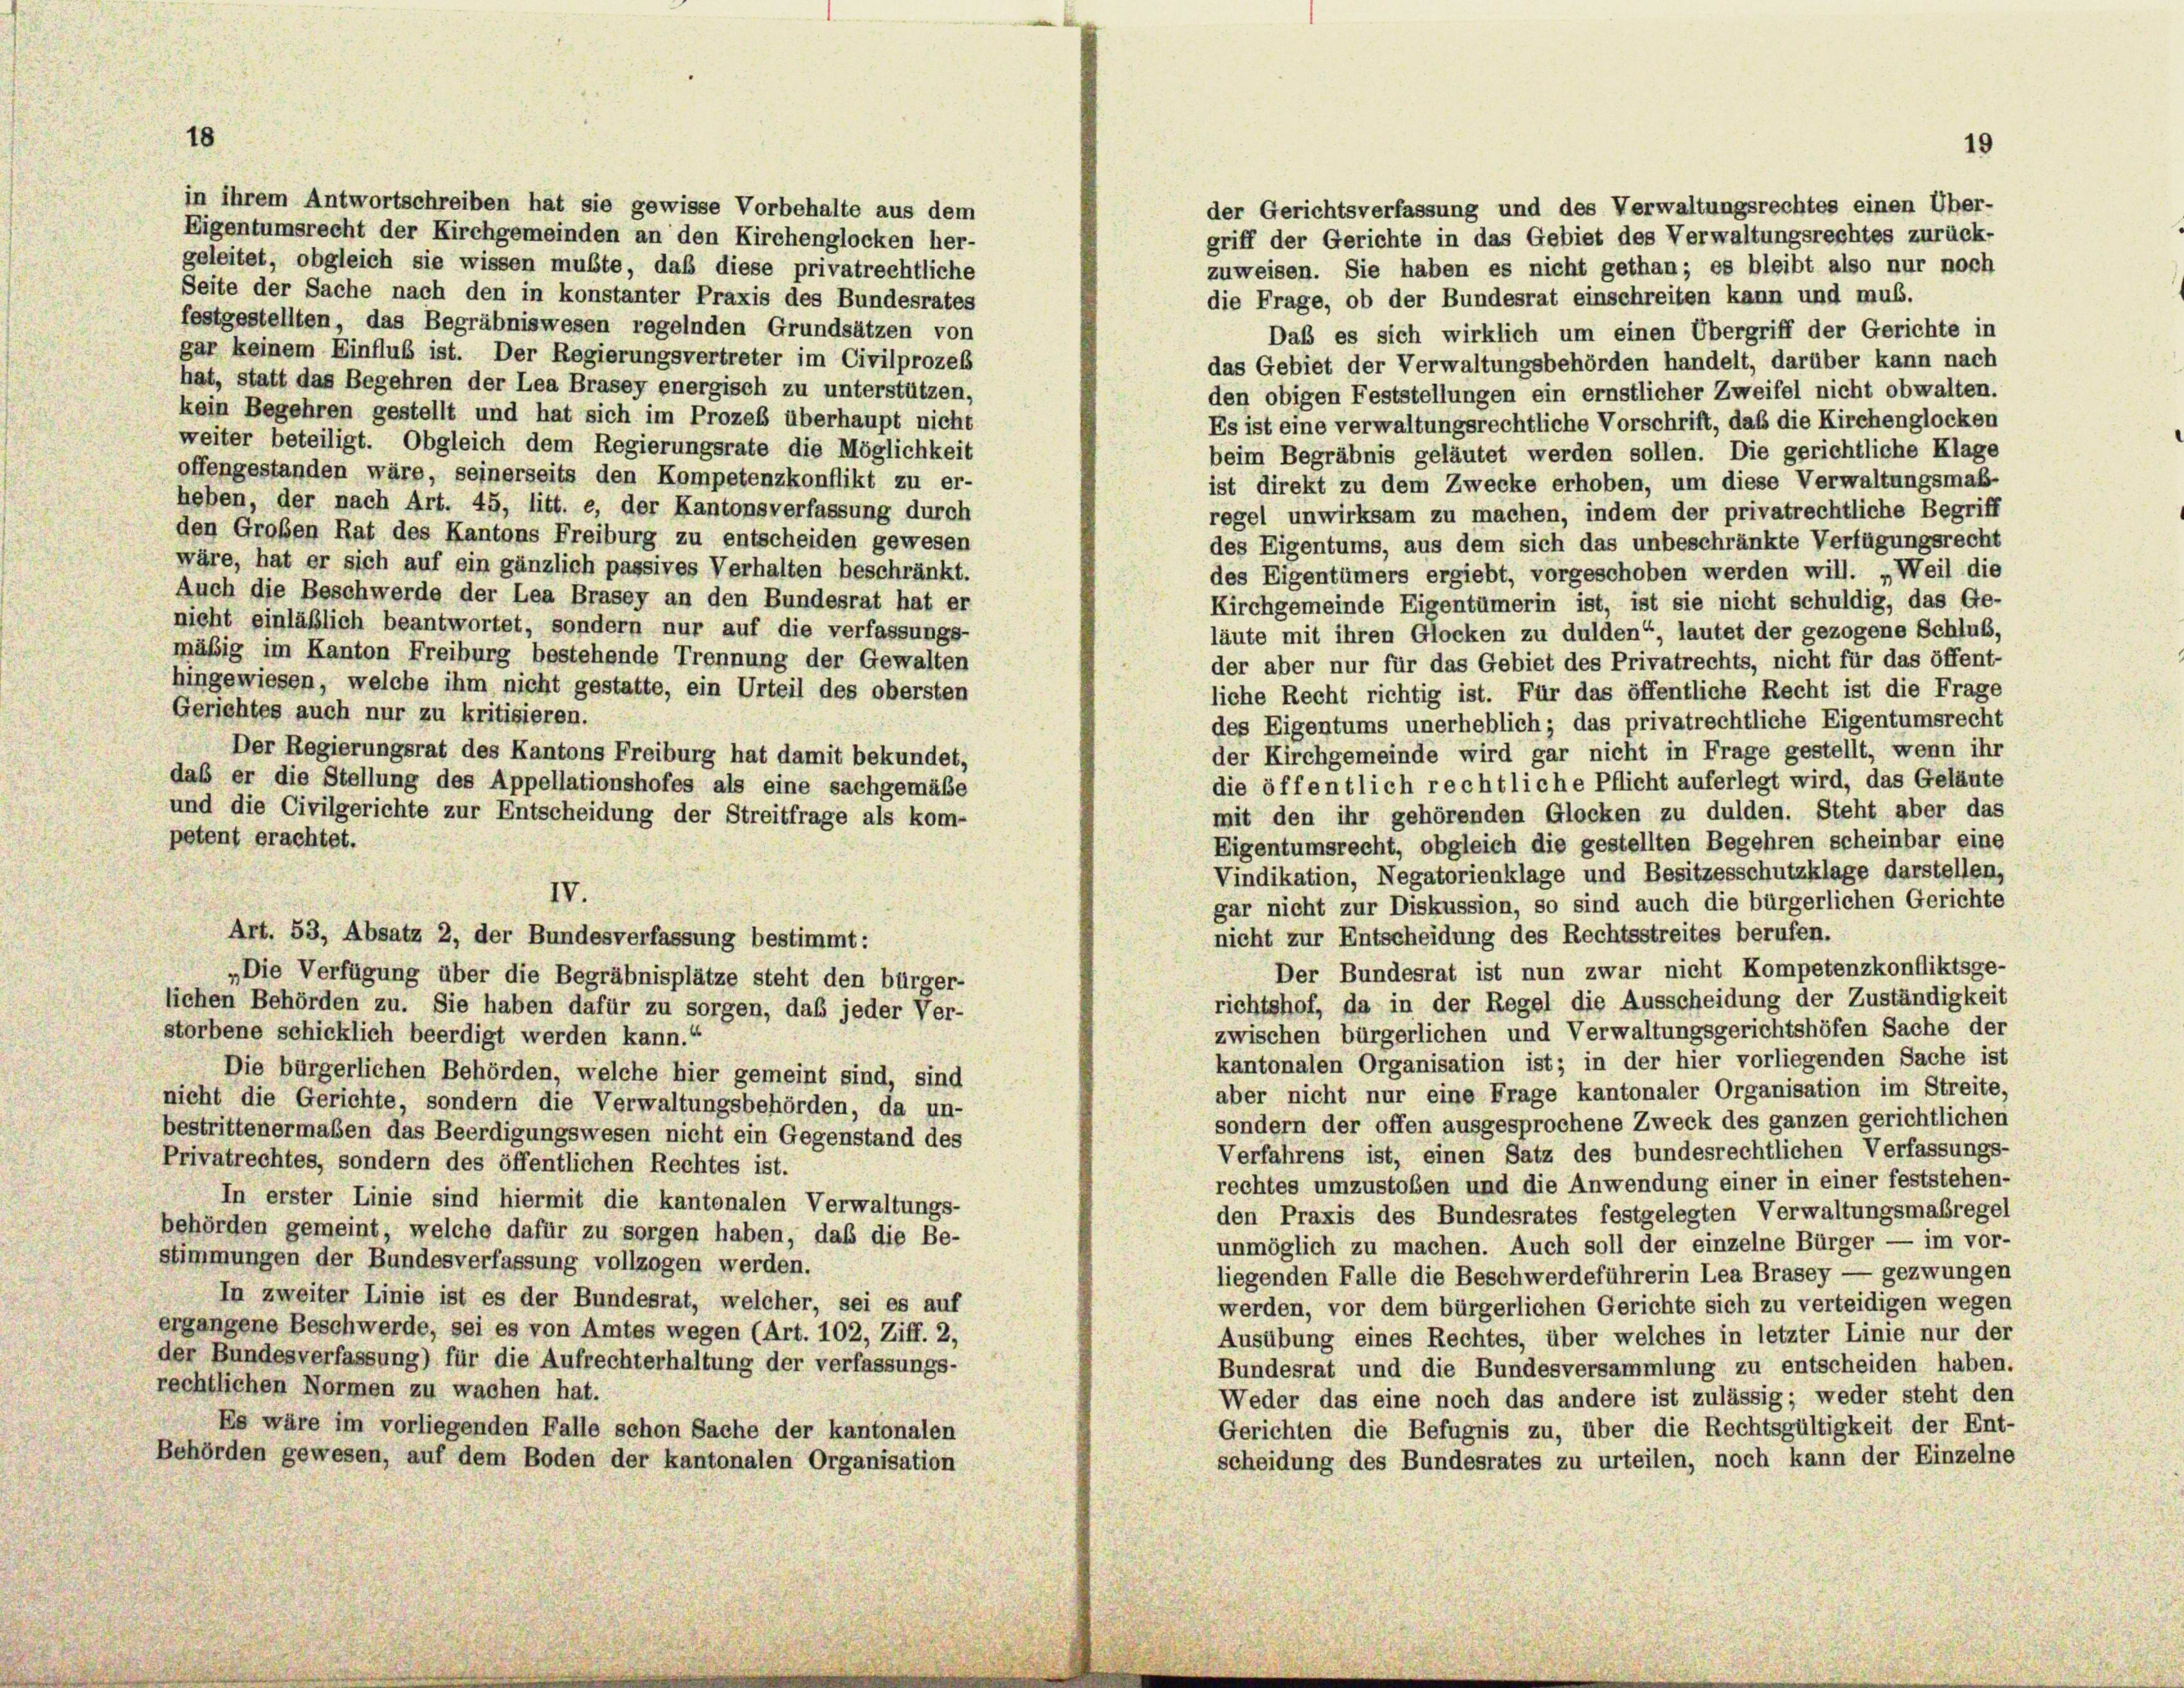
in ihrem Antwortschreiben hat sie gewisse Vorbehalte aus dem
Eigentumsrecht der Kirchgemeinden an den Kirchenglocken her-
geleitet, obgleich sie wissen mußte, daß diese privatrechtliche
Seite der Sache nach den in konstanter Praxis des Bundesrates
die Frage, ob der Bundesrat einschreiten kann und muß.
festgestellten, das Begräbniswesen regelnden Grundsätzen von
Daß es sich wirklich um einen Übergriff der Gerichte in
gar keinem Einfluß ist. Der Regierungsvertreter im Civilprozes
das Gebiet der Verwaltungsbehörden handelt, darüber kann nach
hat, statt das Begehren der Lea Brasey energisch zu unterstützen,
den obigen Feststellungen ein ernstlicher Zweifel nicht obwalten.
kein Begehren gestellt und hat sich im Prozeß überhaupt nicht
Es ist eine verwaltungsrechtliche Vorschrift, daß die Kirchenglocken
weiter beteiligt. Obgleich dem Regierungsrate die Möglichkeit
beim Begräbnis geläutet werden sollen. Die gerichtliche Klage
offengestanden wäre, seinerseits den Kompetenzkonflikt zu er-
ist direkt zu dem Zwecke erhoben, um diese Verwaltungsmaß-
heben, der nach Art. 45, litt. e, der Kantonsverfassung durch
regel unwirksam zu machen, indem der privatrechtliche Begriff
den Großen Rat des Kantons Freiburg zu entscheiden gewesen
des Eigentums, aus dem sich das unbeschränkte Verfügungsrecht
wäre, hat er sich auf ein gänzlich passives Verhalten beschränkt.
des Eigentümers ergiebt, vorgeschoben werden will. „Weil die
Auch die Beschwerde der Lea Brasey an den Bundesrat hat er
Kirchgemeinde Eigentümerin ist, ist sie nicht schuldig, das Ge-
nieht einläßlich beantwortet, sondern nur auf die verfassungs-
läute mit ihren Glocken zu dulden“, lautet der gezogene Schluß,
mäßig im Kanton Freiburg bestehende Trennung der Gewalten
der aber nur für das Gebiet des Privatrechts, nicht für das öffent-
hingewiesen, welche ihm nicht gestatte, ein Urteil des obersten
liche Recht richtig ist. Für das öffentliche Recht ist die Frage
Gerichtes auch nur zu kritisieren.
des Eigentums unerheblich; das privatrechtliche Eigentumsrecht
Der Regierungsrat des Kantons Freiburg hat damit bekundet,
der Kirchgemeinde wird gar nicht in Frage gestellt, wenn ihr
daß er die Stellung des Appellationshofes als eine sachgemäße
die öffentlich rechtliche Pflicht auferlegt wird, das Geläute
und die Civilgerichte zur Entscheidung der Streitfrage als kom-
mit den ihr gehörenden Glocken zu dulden. Steht aber das
petent erachtet.
Eigentumsrecht, obgleich die gestellten Begehren scheinbar eine
Vindikation, Negatorienklage und Besitzesschutzklage darstellen,
IV.
gar nicht zur Diskussion, so sind auch die bürgerlichen Gerichte
nicht zur Entscheidung des Rechtsstreites berufen.
Art. 53, Absatz 2, der Bundesverfassung bestimmt:
Der Bundesrat ist nun zwar nicht Kompetenzkonfliktsge-
„Die Verfügung über die Begräbnisplätze steht den bürger-
richtshof, da in der Regel die Ausscheidung der Zuständigkei
lichen Behörden zu. Sie haben dafür zu sorgen, daß jeder Ver-
zwischen bürgerlichen und Verwaltungsgerichtshöfen Sache der
storbene schicklich beerdigt werden kann.“
kantonalen Organisation ist; in der hier vorliegenden Sache ist
Die bürgerlichen Behörden, welche hier gemeint sind, sind
aber nicht nur eine Frage kantonaler Organisation im Streite.
nicht die Gerichte, sondern die Verwaltungsbehörden, da un-
sondern der offen ausgesprochene Zweck des ganzen gerichtlicher
bestrittenermaßen das Beerdigungswesen nicht ein Gegenstand des
Verfahrens ist, einen Satz des bundesrechtlichen Verfassungs
Privatrechtes, sondern des öffentlichen Rechtes ist.
rechtes umzustoßen und die Anwendung einer in einer feststehen-
In erster Linie sind hiermit die kantonalen Verwaltungs-
den Praxis des Bundesrates festgelegten Verwaltungsmaßrege
behörden gemeint, welche dafür zu sorgen haben, daß die Be-
unmöglich zu machen. Auch soll der einzelne Bürger — im vor
stimmungen der Bundesverfassung vollzogen werden.
liegenden Falle die Beschwerdeführerin Lea Brasey — gezwunger
In zweiter Linie ist es der Bundesrat, welcher, sei es auf
werden, vor dem bürgerlichen Gerichte sich zu verteidigen wegen
ergangene Beschwerde, sei es von Amtes wegen (Art. 102, Ziff. 2,
Ausübung eines Rechtes, über welches in letzter Linie nur de
der Bundesverfassung) für die Aufrechterhaltung der verfassungs-
Bundesrat und die Bundesversammlung zu entscheiden haben
rechtlichen Normen zu wachen hat.
Weder das eine noch das andere ist zulässig; weder steht de
Es wäre im vorliegenden Falle schon Sache der kantonalen
Gerichten die Befugnis zu, über die Rechtsgültigkeit der Ent
Behörden gewesen, auf dem Boden der kantonalen Organisation
scheidung des Bundesrates zu urteilen, noch kann der Einzeln

der Gerichtsverfassung und des Verwaltungsrechtes einen Über-
griff der Gerichte in das Gebiet des Verwaltungsrechtes zurück-
zuweisen. Sie haben es nicht gethan; es bleibt also nur noch